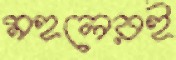
মহলেরই